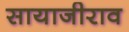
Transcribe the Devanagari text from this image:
सायाजीराव